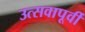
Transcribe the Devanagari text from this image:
उत्सवापूर्वी